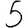
Digit: 5